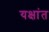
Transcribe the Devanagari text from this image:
यक्षांत